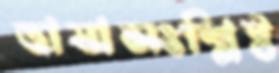
ভাষাসংশ্লিষ্ট